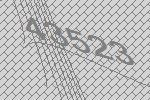
43523